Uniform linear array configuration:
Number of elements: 12
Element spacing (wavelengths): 0.75
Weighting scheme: cosine
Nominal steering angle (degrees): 30
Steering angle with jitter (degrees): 30.089
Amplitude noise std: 0.05
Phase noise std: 0.05

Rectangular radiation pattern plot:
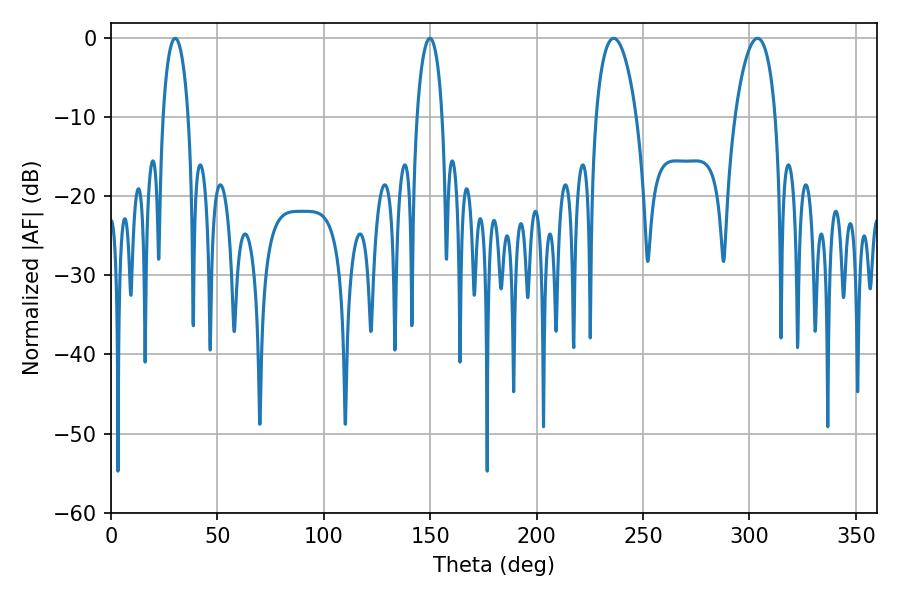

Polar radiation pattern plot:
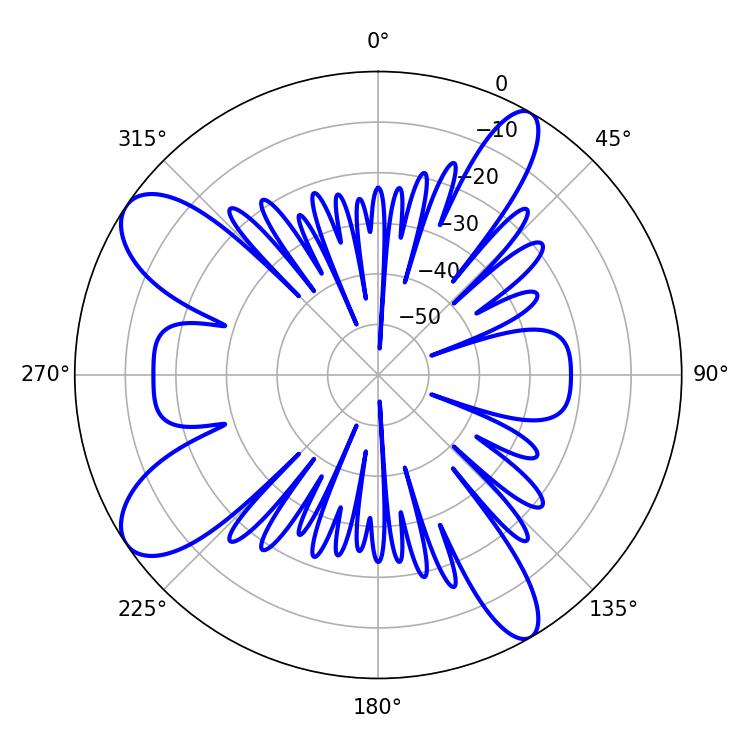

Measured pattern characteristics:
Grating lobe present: TRUE
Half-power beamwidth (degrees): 10.62
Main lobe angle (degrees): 236.16